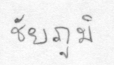
ชัยภูมิ